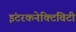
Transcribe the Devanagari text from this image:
इंटरकनेक्टिविटी